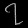
Digit: ၇